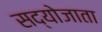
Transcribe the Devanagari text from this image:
सद्योजाता